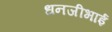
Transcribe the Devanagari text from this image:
धनजीभाई